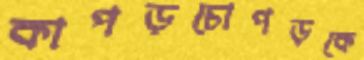
কাপড়চোপড়কে